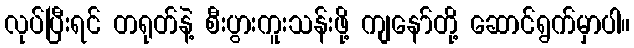
လုပ်ပြီးရင် တရုတ်နဲ့ စီးပွားကူးသန်းဖို့ ကျနော်တို့ ဆောင်ရွက်မှာပါ။